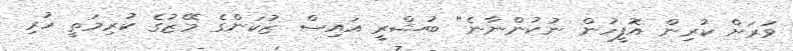
ވަރަށް ކުރިން އޮފީހުން ނުކުންނާނެ" ބުޝްރީ އައިސް ޒުކަންގެ މޭޒުގެ ކުރިމަތީ ހުރި